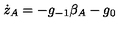
\dot { z } _ { A } = - g _ { - 1 } \beta _ { A } - g _ { 0 }